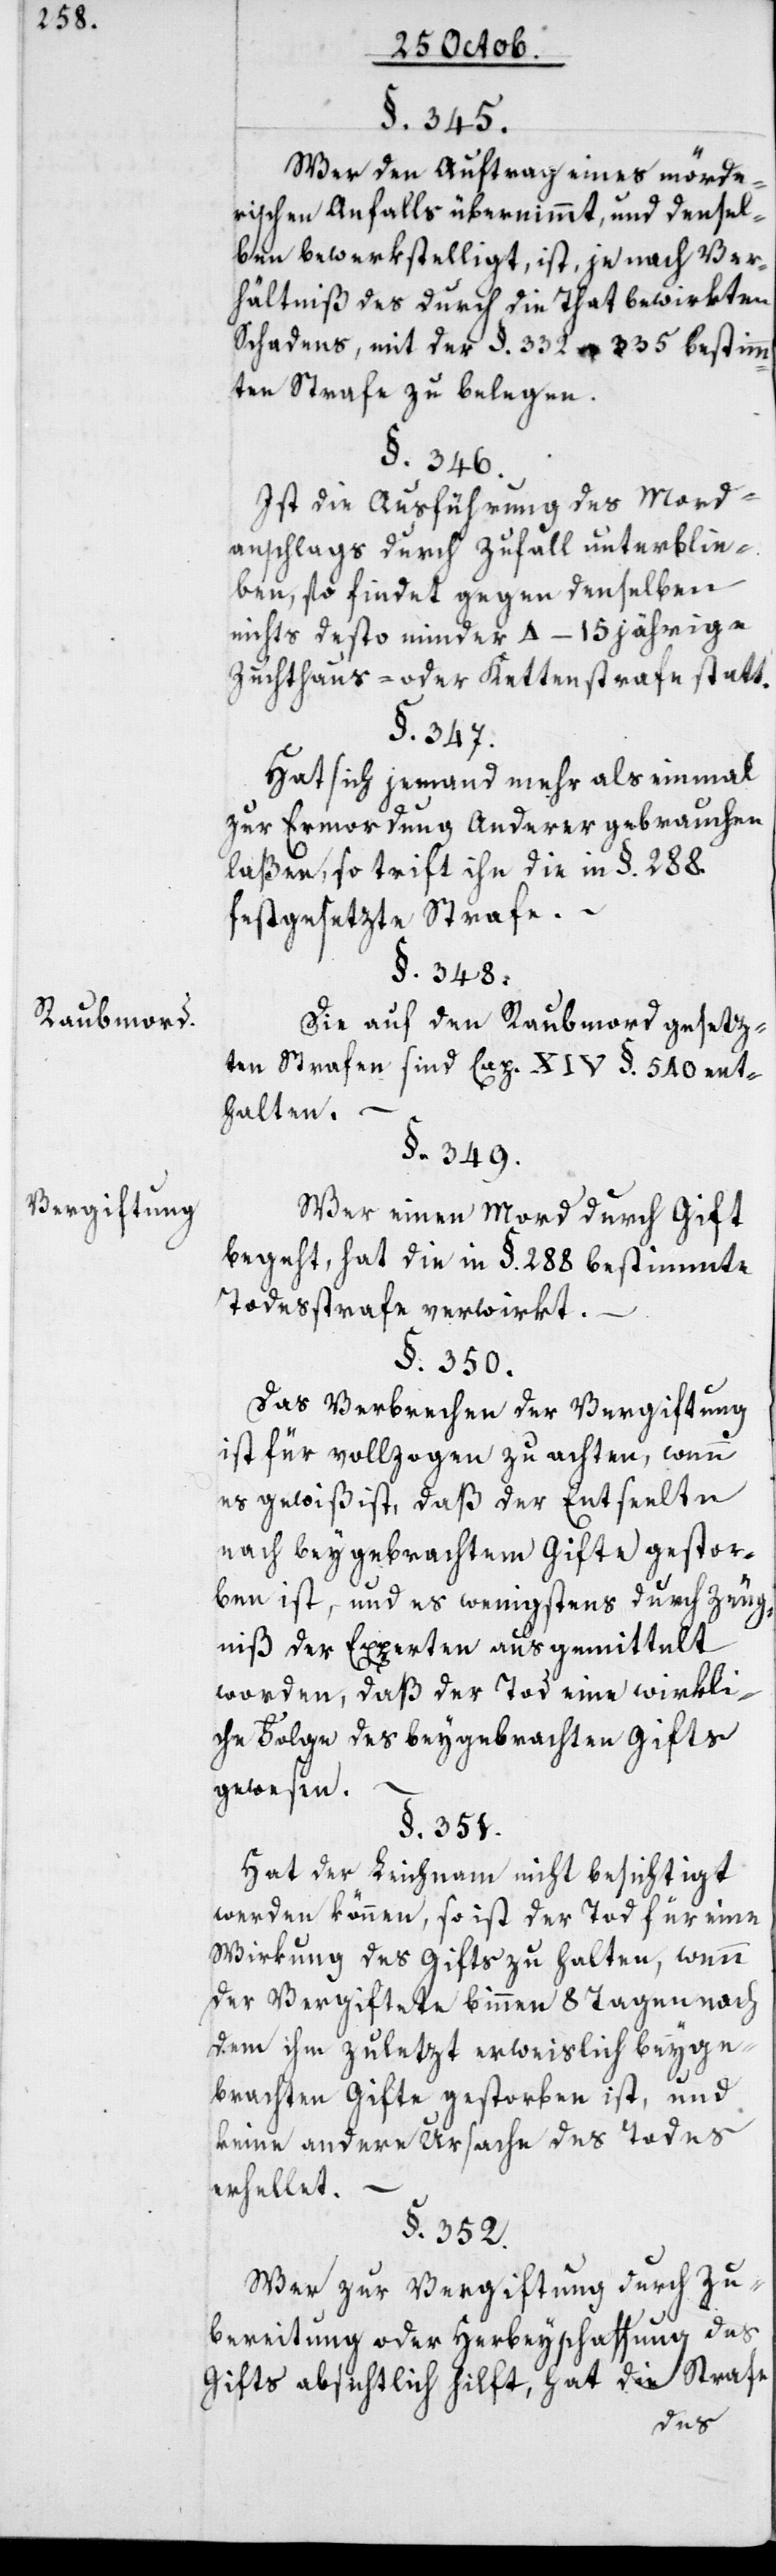
Raubmord.
Vergiftung.

§. 345.
Wer den Auftrag eines mörde¬
rischen Anfalls übernimmt und densel¬
ben bewerkstelligt, ist, je nach Ver¬
hältniß des durch die That bewirkten
Schadens, mit der §§. 332 u. 335 bestimm¬
ten Strafe zu belegen.
§. 346.
Ist die Ausführung des Mord¬
anschlags durch Zufall unterblie¬
ben, so findet gegen denselben,
nichts desto minder 4–15 jährige
Zuchthaus- oder Kettenstrafe statt.
§. 347.
Hat sich jemand mehr als einmal
zur Ermordung anderer gebrauchen
laßen, so trift ihn die in §. 288.
festgesezte Strafe.
§. 348.
Die auf den Raubmord gesetz¬
ten Strafen sind Cap. XIV. §. 540 ent¬
halten.
§. 349.
Wer einen Mord durch Gift
begeht, hat die in §. 288 bestimmte
Todesstrafe verwirkt.
§. 350.
Das Verbrechen der Vergiftung
ist für vollzogen zu achten, wenn
es gewiß ist, daß der Entseelte
nach beygebrachtem Gifte gestor¬
ben ist, und es wenigstens durch Zeug¬
niß der Experten ausgemittelt
worden, daß der Tod eine wirkli¬
che Folge des beygebrachten Gifts
gewesen.
§. 351.
Hat der Leichnam nicht besichtigt
werden können, so ist der Tod für eine
Wirkung des Gifts zu halten, wenn
der Vergiftete binnen 8 Tagen nach
dem ihm zulezt erweislich beyge¬
brachten Gifte gestorben ist, und
keine andere Ursache des Todes
erhellet.
§. 352.
Wer zur Vergiftung durch Zu¬
bereitung oder Herbeyschaffung des
Gifts absichtlich hilft, hat die Strafe